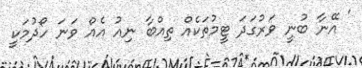
' އޭނާ ބުނީ ވަރުގަދަ ޓީމުތަކެއް ތިއްބާ ނިއު އެއް ވަނަ ހޯދުމަކީ